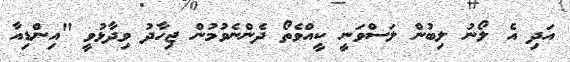
އަދި އެ ލޯނު ލިބުން ލަސްވަނީ ކީއްވެތޯ ދެންނެވުމުން ޖިހާދު ވިދާޅުވީ "އިންޑިއާ